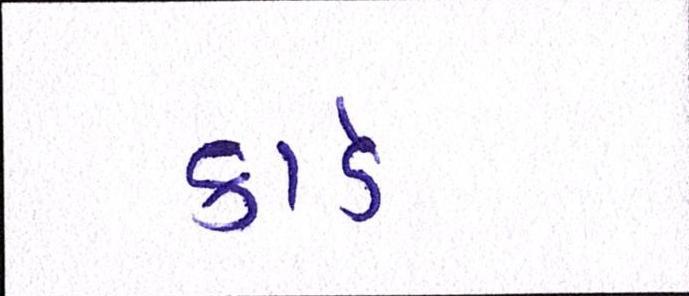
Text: કાર્ડ